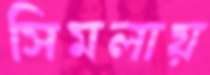
সিমলায়